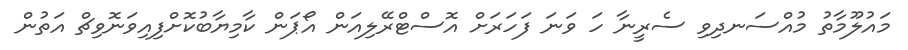
މައުލޫމާތު މުއްސަނދިވި ސެރީނާ ހަ ވަނަ ފަހަރަށް އޮސްޓްރޭލިއަން އޯޕަން ކާމިޔާބުކޮށްފިއިވަނޮވިޗް އަތުން